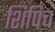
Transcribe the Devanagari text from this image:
शिपिच